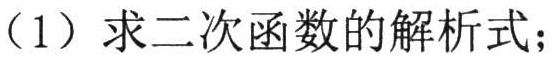
（1）求二次函数的解析式；